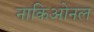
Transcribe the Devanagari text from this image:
नाकिओनल